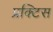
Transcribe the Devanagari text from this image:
प्रक्‍टिस